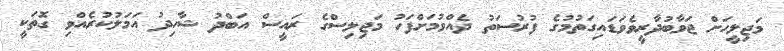
މަޖިލީހަށް ޖަވާބުދާރީވެވަޑައިގަތުމުގެ ފުރުސަތު ދެއްވުމަށްފަހު މަޖިލިސްގެ ރައީސް އަބްދު ޝާހިދު އަމަލުކުރެއްވި ގޮތަކީ